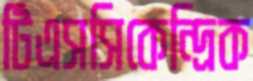
টিএসসিকেন্দ্রিক